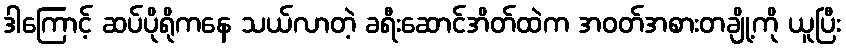
ဒါကြောင့် ဆပ်ပိုရိုကနေ သယ်လာတဲ့ ခရီးဆောင်အိတ်ထဲက အဝတ်အစားတချို့ကို ယူပြီး